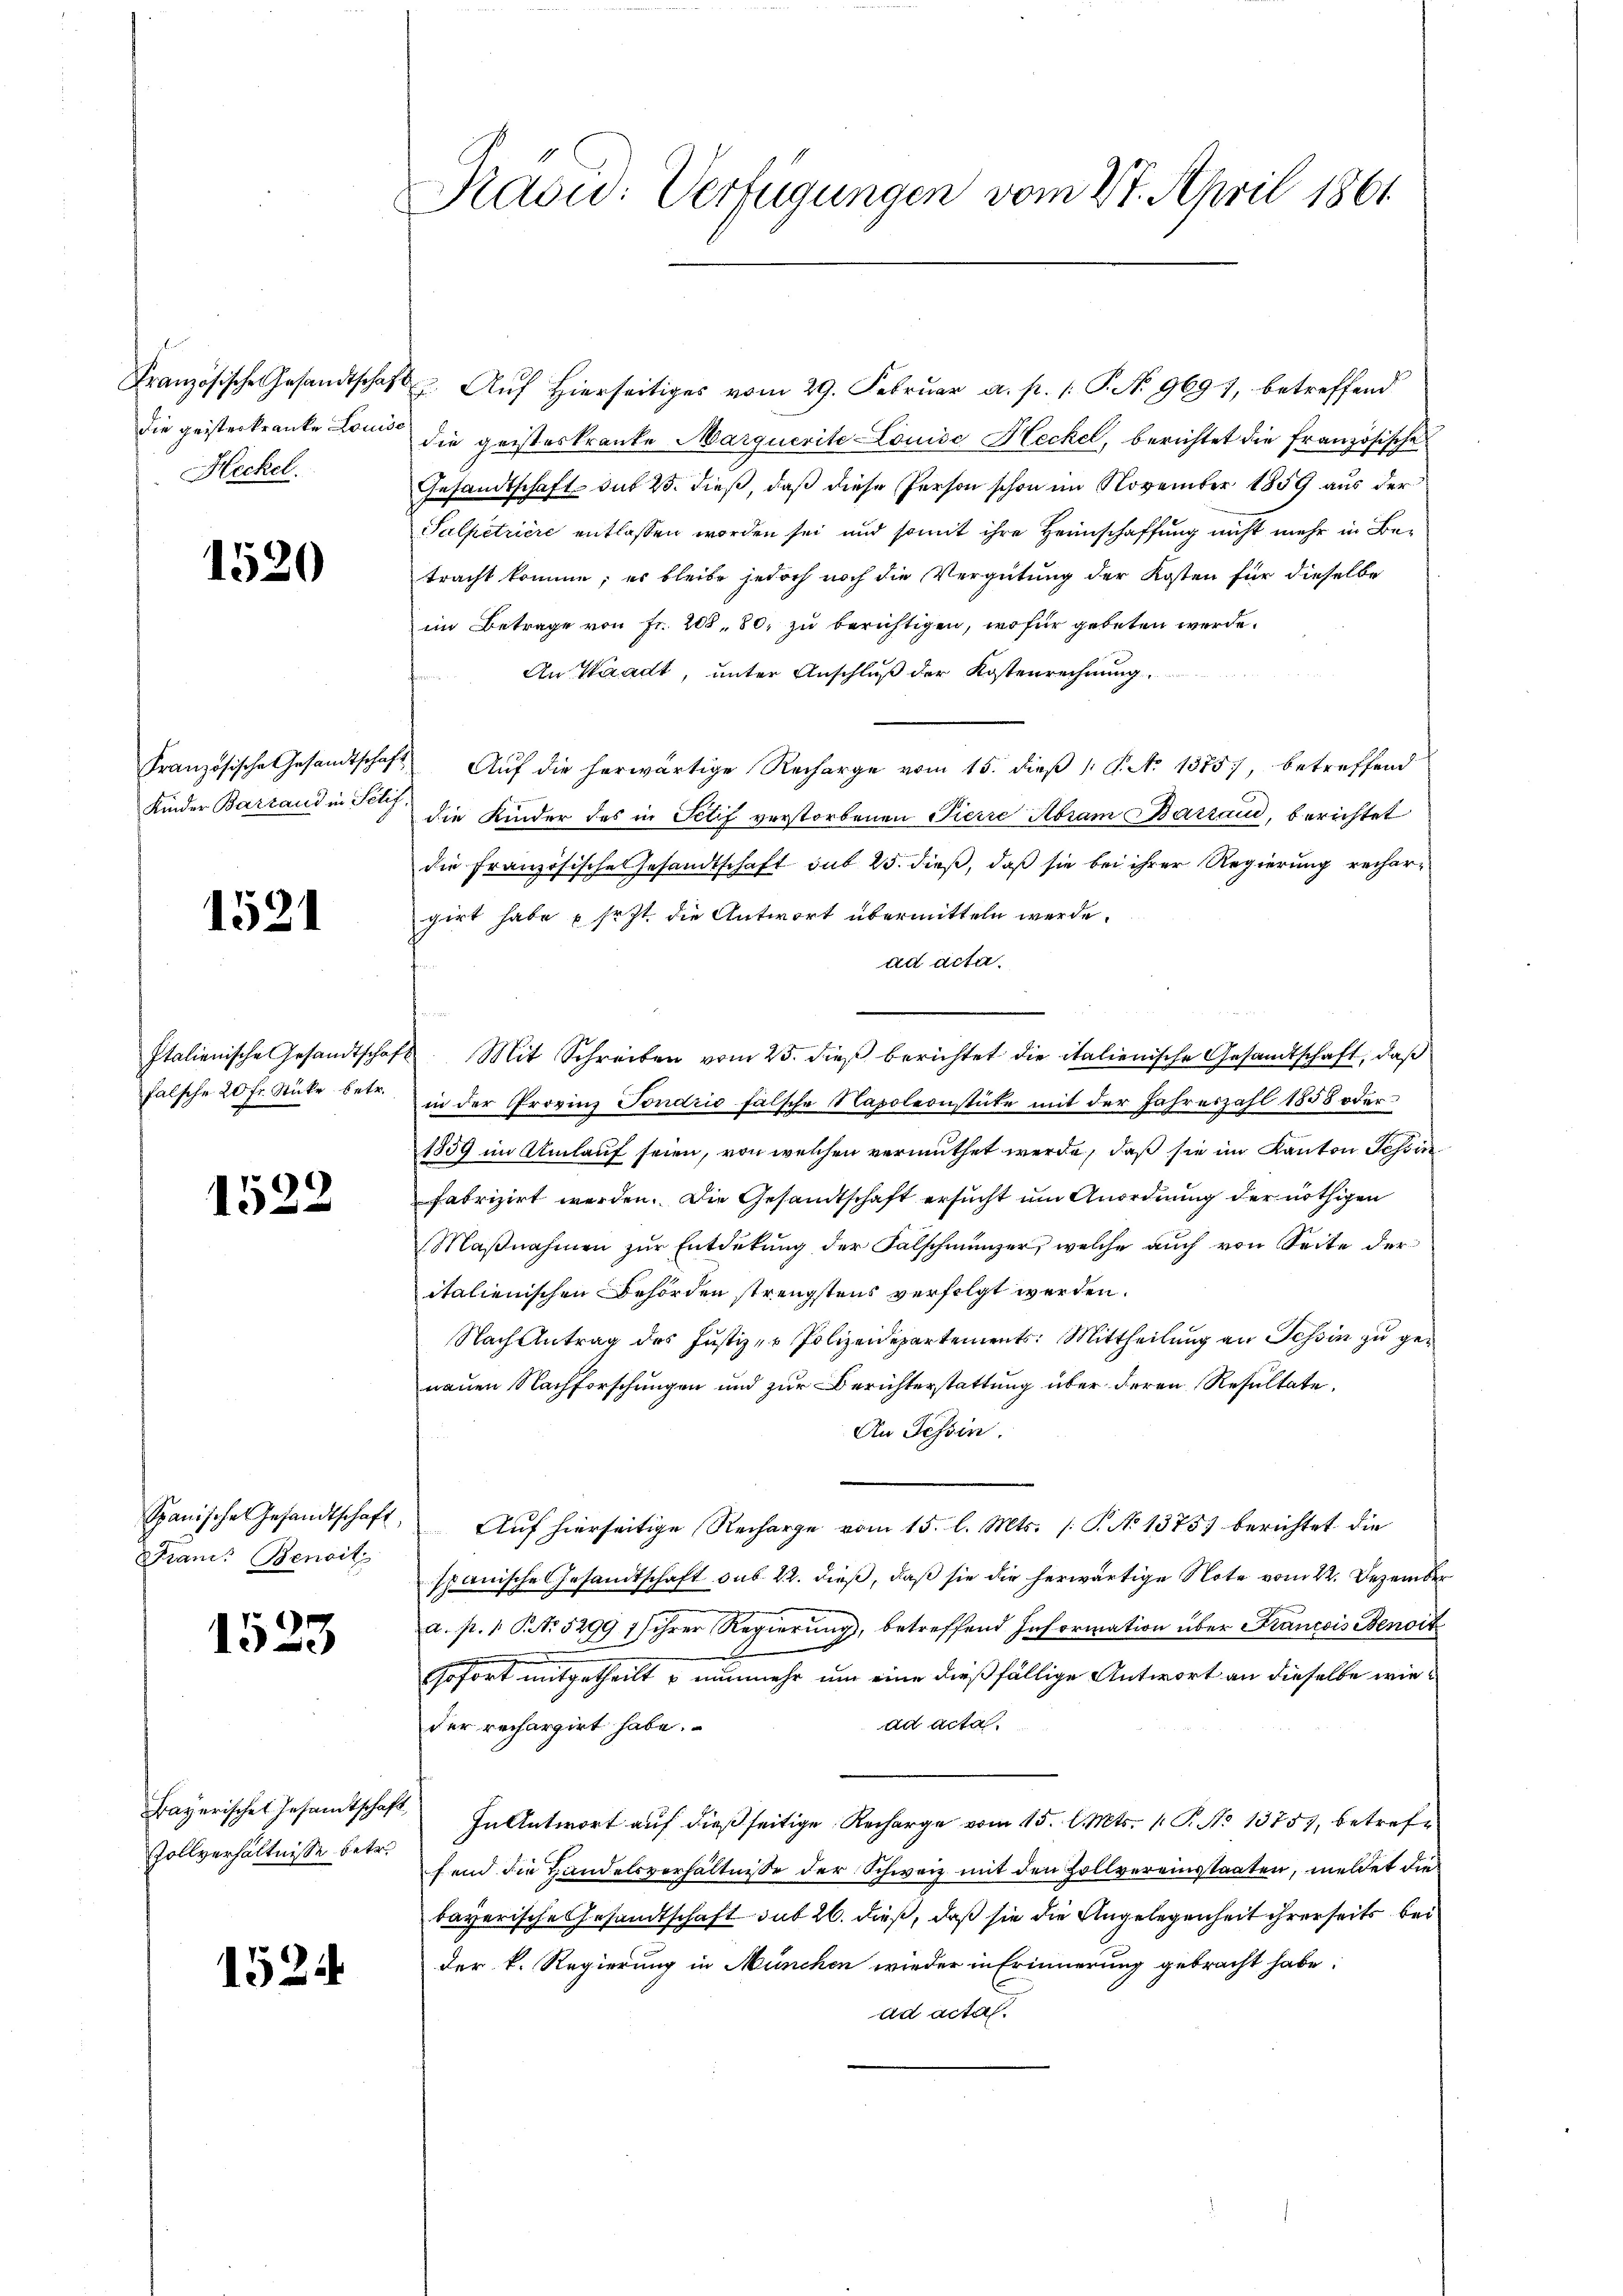
Französische Gesandtschafdie geisterkranke Louis¬
Heckel.

1520

Französische Gesandtschaft
Kinder Barrand in Selig

1521

Italienische Gesandtschaf
falsche 20 Fr. Stücke betr.

1522

Spanische Gesandtschaft,
Fianis Benoit

1523

Frayerisches Gesandtschaft
Zollverhältnisse betr.

1524

Radu: Verfügungen vom 27. April 1861

. Auf Hierseitiges vom 29. Februar a. p. 1. P. No 969), betreffend
die geisteskranke Marquerite Louise Heckel, berichtet die französische
Gesandtschaft das 25. dieß, daß diese Person schon im November 1859 aus der
Salpetriere entlassen worden sei und somit ihre Heimschaffung nicht mehr in Betracht komme; es bleibe jedoch noch die Vergütung der Kosten für dieselbe
im Betrage von Fr. 208, 80, zu berichtigen, wofür gebeten werde.
An Waadt, unter Anschluß der Kostenrechnung.
Auf die herwärtige Recharge vom 15. dieß 1: P. No 1375), betreffend
die Kinder des in Sclif verstorbenen Tierre Abram Barzaud, berichtet
die Französische Gesandtschaft sub 25. dieß, daß sie bei ihrer Regierung rechergirt habe sr. Zt. die Antwort übermitteln werde.
ad acta.
. Mit Schreiben vom 25. dieß berichtet die italienische Gesandtschaft, daß
in der Provinz Fondrić fälsche Napoleonstite mit der Jahreszahl 1858 oder
1859 im Umlauf seien, von welchen vermuthet werde, daß sie im Kanton Schönfabrizirt werden. Die Gesandtschaft ersucht um Anordnung der nöthigen
Maβnahmen zur Entdekung der Falschmünzer, welche auch von Seite der
italienischen Behörden strengstens verfolgt werden.
Nach Antrag des Justiz- & Polizeidepartements: Mittheilung an Tessin zu geneuen Nachforschungen und zur Berichterstattung über deren Resultate.
An Tessin.
Auf hierseitige Recharge vom 15. l. Mts. (T. No 1375) berichtet die
spanische Gesandtschaft sub 22. dieß, daß sie die herwärtige Note vom 22. Dezember
a. p. 1 P. Nr. 5299 1) ihrer Regierung, betreffend Information über Francois Benoit
Gofort mitgetheilt u nunmehr um eine dießfällige Antwort an dieselbe wiead acta.
der rechargirt habe.
In Antwort auf dießseitige Recharge vom 15. d. Mts. v. P. No 13759, betreffend die Handelsverhältnisse der Schweiz mit den Hollvereinstaaten, meldet die
bayerische Gesandtschaft sub 26. dieß, daß sie die Angelegenheit ihrerseits bei
der k. Regierung in München wieder in Erinnerung gebracht habe:
ad actal.